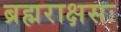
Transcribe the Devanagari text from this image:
ब्रह्मराक्षसः